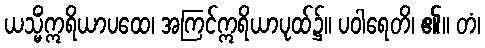
ယသ္မိံဣရိယာပထေ၊ အကြင်ဣရိယာပုထ်၌။ ပဝါရေတိ၊ ၏။ တံ၊